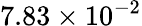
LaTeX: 7.83\times 10^{-2}